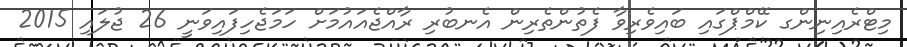
މިޓްރެއިނިންގ ކޭމްޕްގައި ބައިވެރިވާ ފެތުންތެރިން އެނބުރި ރާއްޖެއައުމަށް ހަމަޖެހިފައިވަނީ 26 ޖުލައި 2015